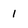
Character: 1